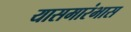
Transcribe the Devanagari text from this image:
यासमारंभास